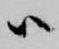
ハ